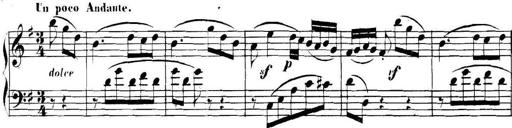
Title: Collected Piano Sonatas
Composer: Muzio Clementi